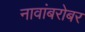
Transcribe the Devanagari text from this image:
नावांबरोबर